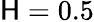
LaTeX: \mathsf{H}=0.5